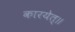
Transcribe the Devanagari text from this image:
कारयेत्॥